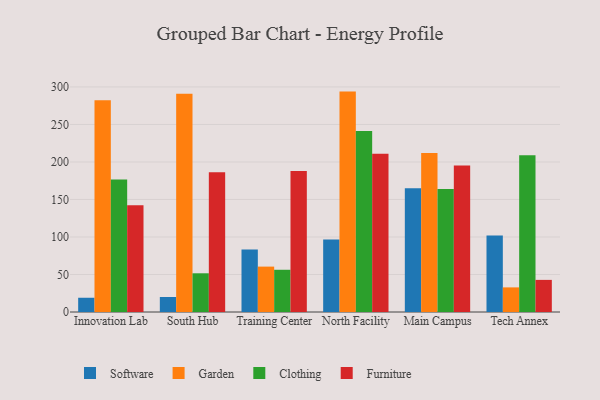
{"axis": {"x": "Campus", "y": "Budget (USD K)"}, "legend": ["Clothing", "Furniture", "Garden", "Software"], "data": [{"x": "Innovation Lab", "y": 19.0, "type": "Software"}, {"x": "Innovation Lab", "y": 282.4, "type": "Garden"}, {"x": "Innovation Lab", "y": 176.6, "type": "Clothing"}, {"x": "Innovation Lab", "y": 142.2, "type": "Furniture"}, {"x": "South Hub", "y": 20.0, "type": "Software"}, {"x": "South Hub", "y": 291.1, "type": "Garden"}, {"x": "South Hub", "y": 51.6, "type": "Clothing"}, {"x": "South Hub", "y": 186.2, "type": "Furniture"}, {"x": "Training Center", "y": 83.3, "type": "Software"}, {"x": "Training Center", "y": 60.5, "type": "Garden"}, {"x": "Training Center", "y": 56.3, "type": "Clothing"}, {"x": "Training Center", "y": 188.1, "type": "Furniture"}, {"x": "North Facility", "y": 96.8, "type": "Software"}, {"x": "North Facility", "y": 293.8, "type": "Garden"}, {"x": "North Facility", "y": 241.2, "type": "Clothing"}, {"x": "North Facility", "y": 211.1, "type": "Furniture"}, {"x": "Main Campus", "y": 164.9, "type": "Software"}, {"x": "Main Campus", "y": 211.9, "type": "Garden"}, {"x": "Main Campus", "y": 163.9, "type": "Clothing"}, {"x": "Main Campus", "y": 195.4, "type": "Furniture"}, {"x": "Tech Annex", "y": 102.0, "type": "Software"}, {"x": "Tech Annex", "y": 32.8, "type": "Garden"}, {"x": "Tech Annex", "y": 209.0, "type": "Clothing"}, {"x": "Tech Annex", "y": 42.8, "type": "Furniture"}]}